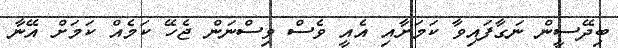
ބިދޭސީން ނަގާފައިވާ ކަމަށާއި އެއީ ވެސް ވިސްނަން ޖެހޭ ކަމެއް ކަމަށް އޭނާ